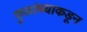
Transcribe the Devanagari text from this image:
कुळांच्याकडून